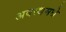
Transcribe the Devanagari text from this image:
अवस्थमधे